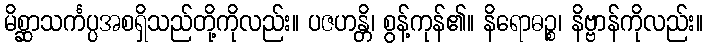
မိစ္ဆာသင်္ကပ္ပအစရှိသည်တို့ကိုလည်း။ ပဇဟန္တိ၊ စွန့်ကုန်၏။ နိရောဓဉ္စ၊ နိဗ္ဗာန်ကိုလည်း။